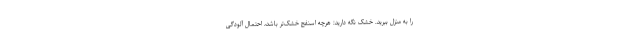
را به منزل ببرید. خشک نگه دارید: هرچه اسنفج خشک‌تر باشد، احتمال آلودگی